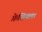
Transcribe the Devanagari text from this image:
फ़ेशियल।